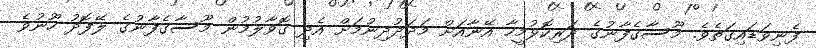
ފެނިވަޑައިގަތެވެ. މޫސާގެފާނުގެ ދަރިކޮޅުމީހާ އޭނާއަށް މަދަދުދިނުމަށް އެދި ގޮވާލުމުން މޫސާގެފާނުގެ ލޭފޮދު ހޫނުވެ